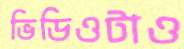
ভিডিওটাও